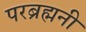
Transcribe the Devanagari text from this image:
परब्रह्मनी